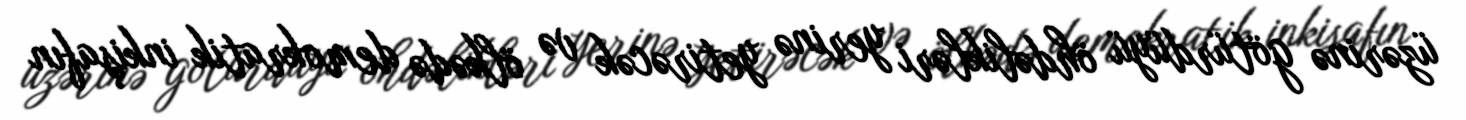
üzərinə götürdüyü öhdəlikləri yerinə yetirəcək və ölkədə demokratik inkişafın